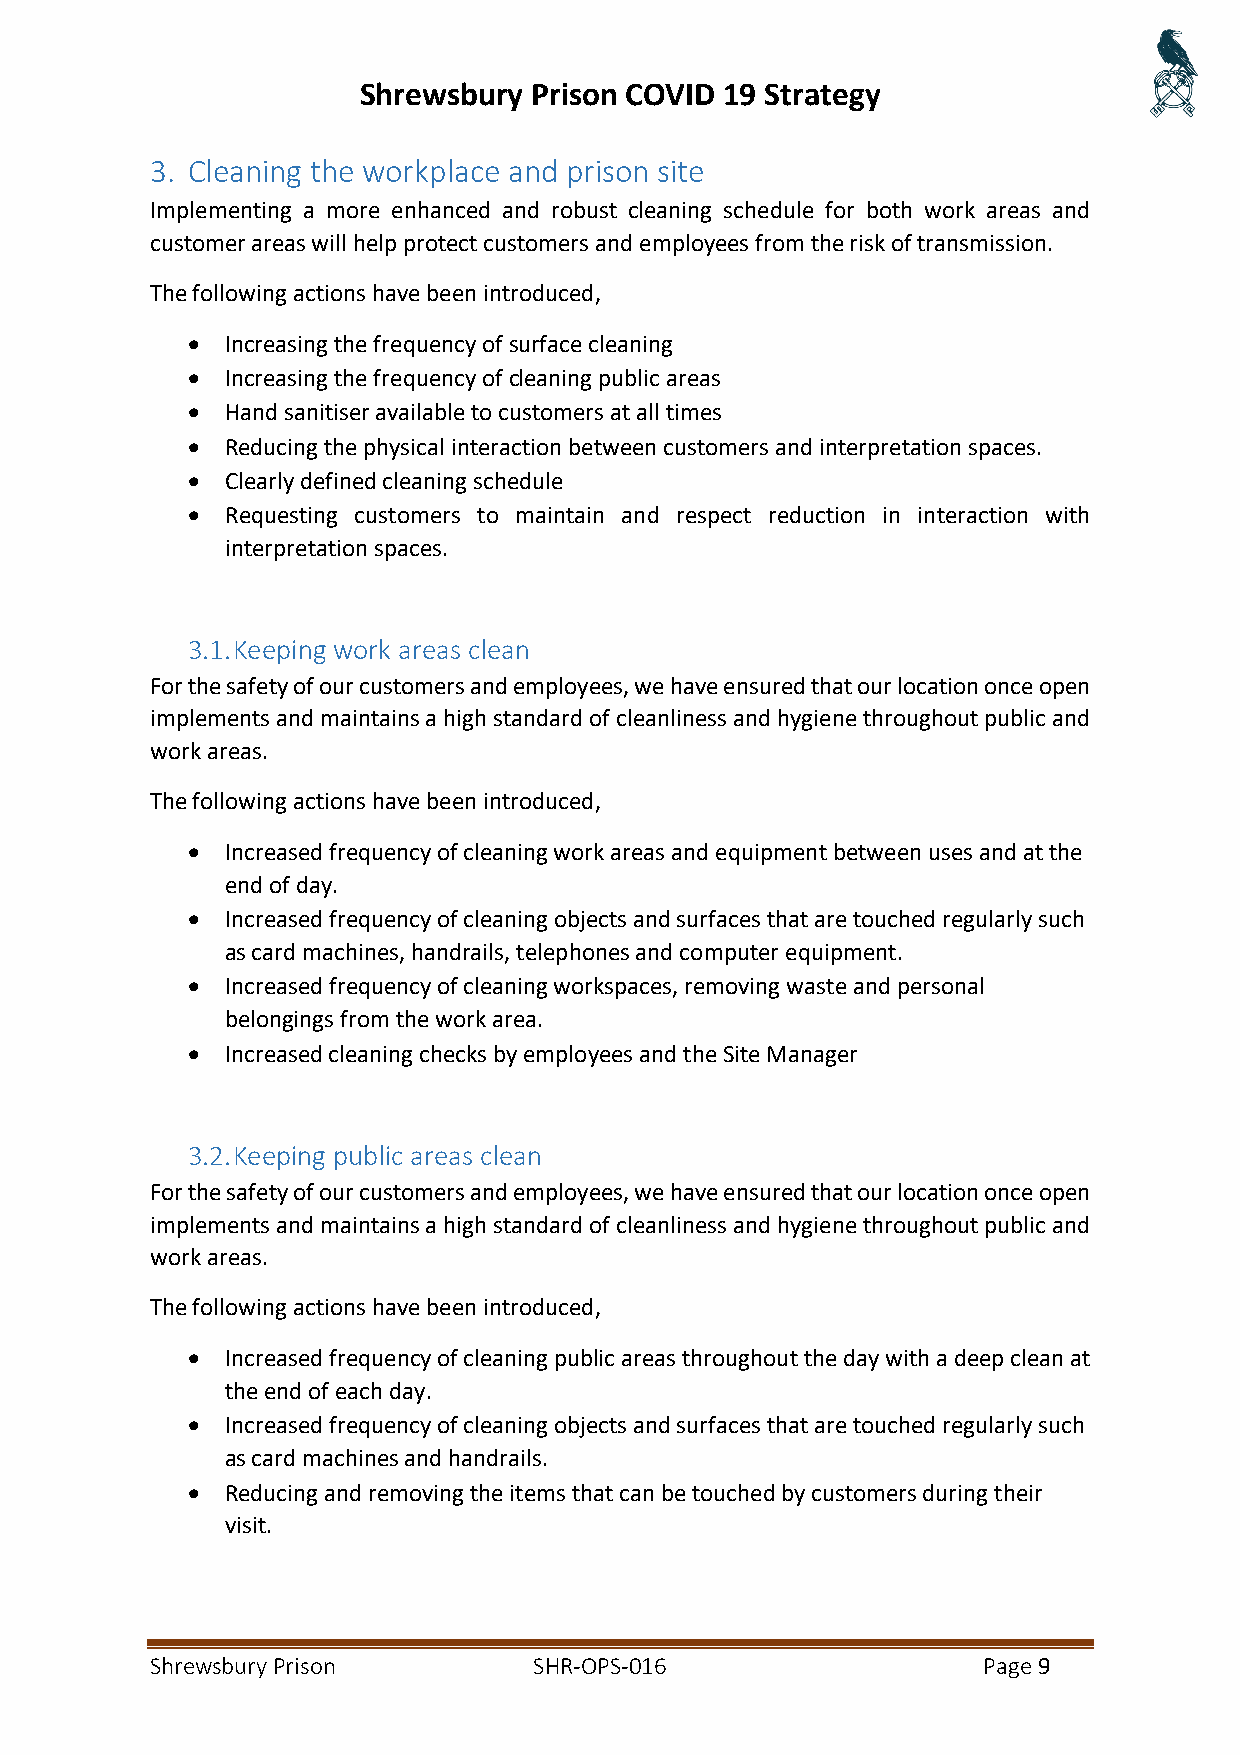
Shrewsbury Prison COVID 19 Strategy
 3. Cleaning the workplace and prison site
 Implementing a more enhanced and robust cleaning schedule for both work areas and
 customer areas will help protect customers and employees from the risk of transmission.
 The following actions have been introduced,
 •  Increasing the frequency of surface cleaning
 •  Increasing the frequency of cleaning public areas
 •  Hand sanitiser available to customers at all times
 •  Reducing the physical interaction between customers and interpretation spaces.
 •  Clearly defined cleaning schedule
 •  Requesting customers to maintain and respect reduction in interaction with
 interpretation spaces.
 3.1. Keeping work areas clean
 For the safety of our customers and employees, we have ensured that our location once open
 implements and maintains a high standard of cleanliness and hygiene throughout public and
 work areas.
 The following actions have been introduced,
 •  Increased frequency of cleaning work areas and equipment between uses and at the
 end of day.
 •  Increased frequency of cleaning objects and surfaces that are touched regularly such
 as card machines, handrails, telephones and computer equipment.
 •  Increased frequency of cleaning workspaces, removing waste and personal
 belongings from the work area.
 •  Increased cleaning checks by employees and the Site Manager
 3.2. Keeping public areas clean
 For the safety of our customers and employees, we have ensured that our location once open
 implements and maintains a high standard of cleanliness and hygiene throughout public and
 work areas.
 The following actions have been introduced,
 •  Increased frequency of cleaning public areas throughout the day with a deep clean at
 the end of each day.
 •  Increased frequency of cleaning objects and surfaces that are touched regularly such
 as card machines and handrails.
 •  Reducing and removing the items that can be touched by customers during their
 visit.
 Shrewsbury Prison        SHR-OPS-016                   Page 9